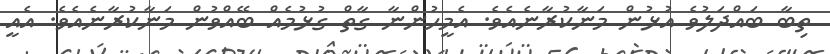
ތިބާ ބައްދަލުވެ އުޅުން މަނާކުރާނެއެވެ. އެމީހުންނާ ގާތް ގުޅުމެއް ބޭއްވުން މަނާކުރާނެއެވެ. އެއީ